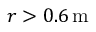
r > 0 . 6 \ensuremath { \, \mathrm { m } }